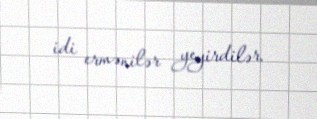
idi ermənilər yeyirdilər.